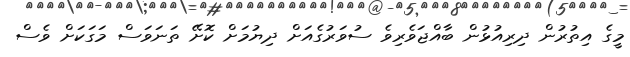
މީގެ އިތުރުން ދިރިއުޅުން ބާއްޖަވެރިވެ ސުވަރުގެއަށް ދިޔުމަށް ކޮށޭ ތަނަވަސް މަގަކަށް ވެސް